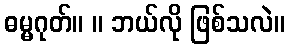
ဓမ္မဂုတ်။ ။ ဘယ်လို ဖြစ်သလဲ။